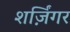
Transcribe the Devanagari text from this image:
शर्ज़िंगर